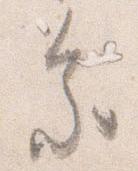
参